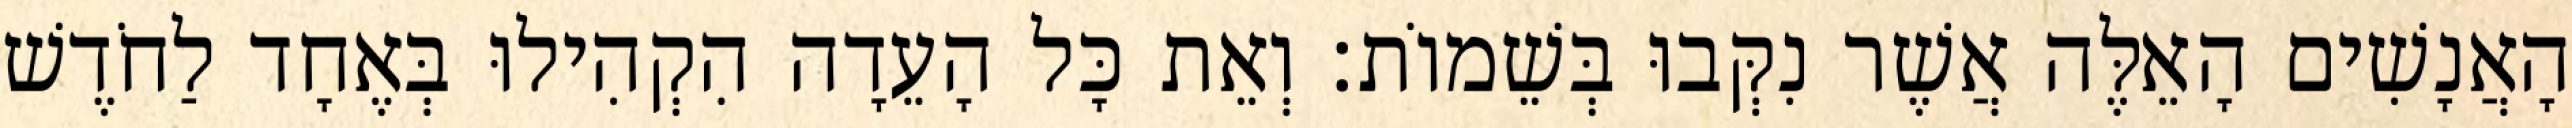
הָאֲנָשִׁים הָאֵלֶּה אֲשֶׁר נִקְּבוּ בְּשֵׁמוֹת׃ וְאֵת כָּל הָעֵדָה הִקְהִילוּ בְּאֶחָד לַחֹדֶשׁ